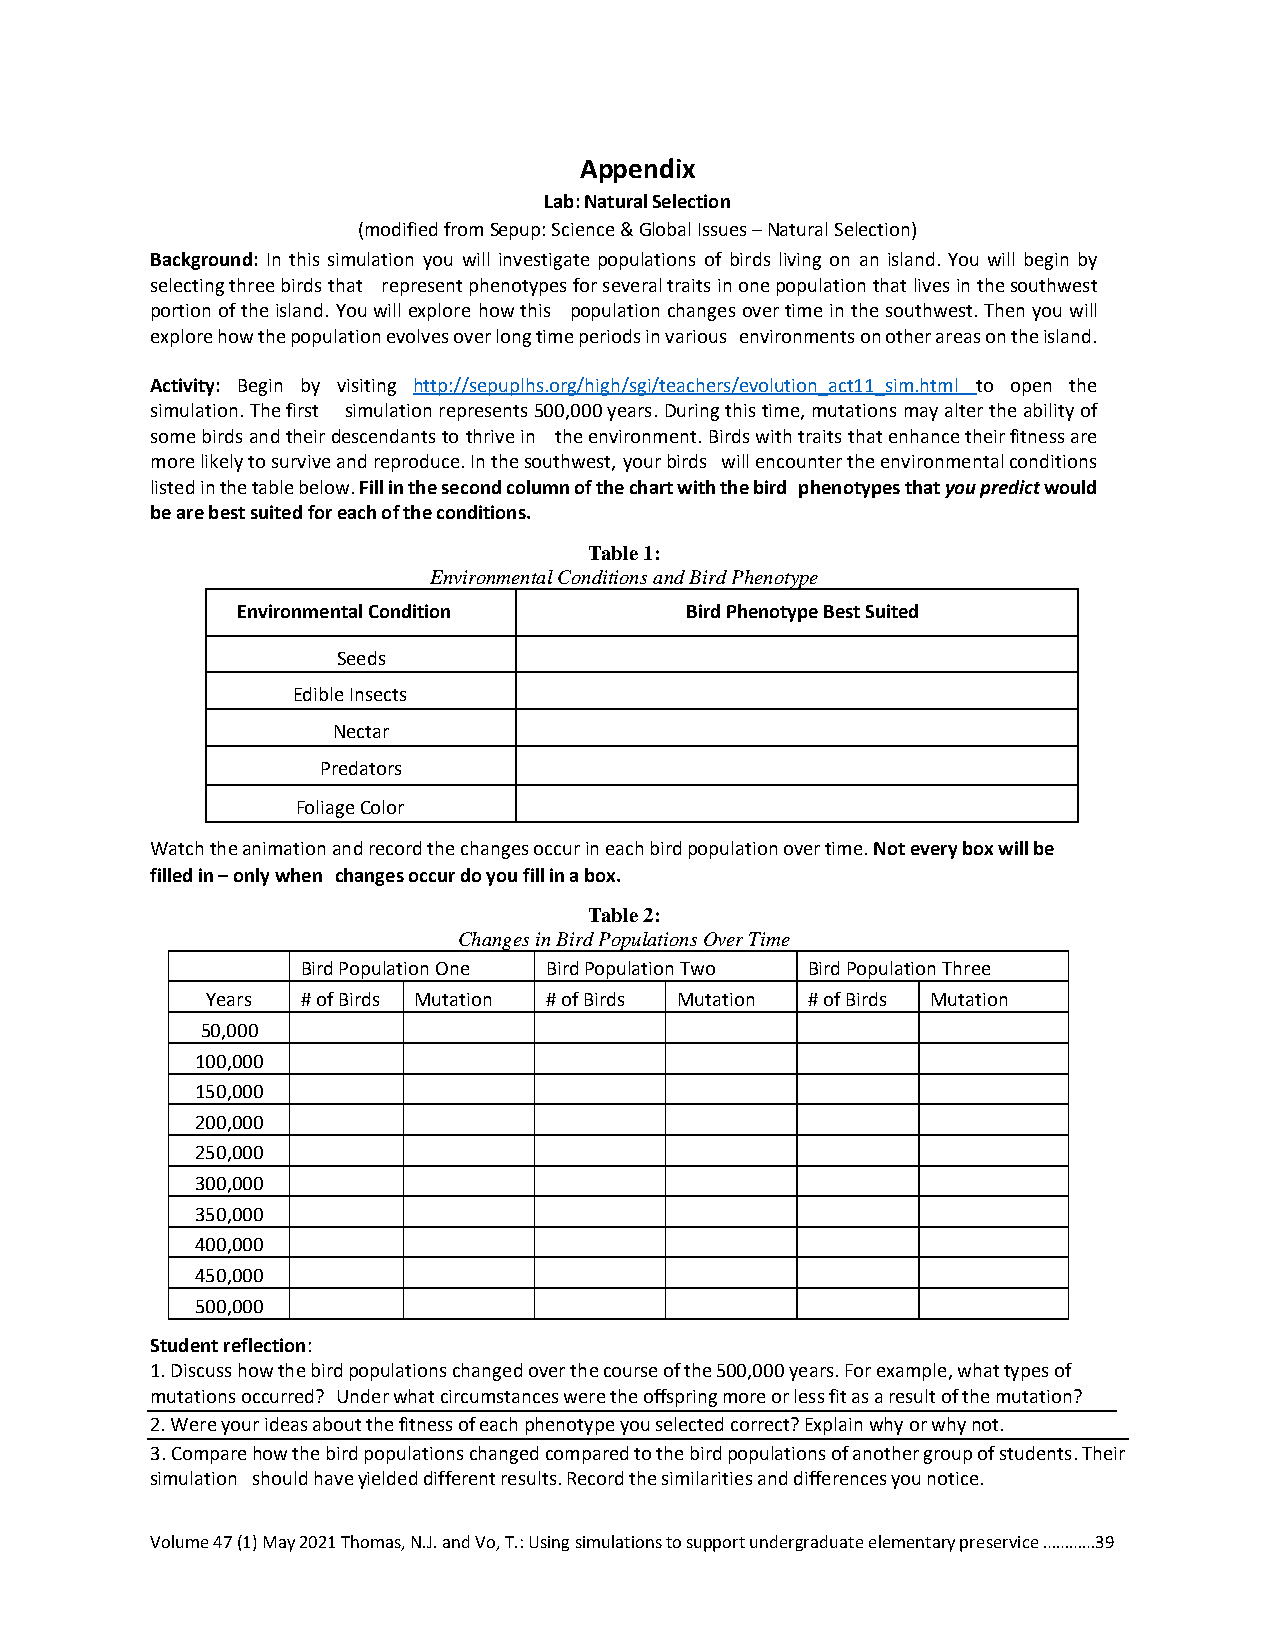
Appendix
 Lab: Natural Selection
 (modified from Sepup: Science & Global Issues – Natural Selection)
 Background: In this simulation you will investigate populations of birds living on an island. You will begin by
 selecting three birds that represent phenotypes for several traits in one population that lives in the southwest
 portion of the island. You will explore how this population changes over time in the southwest. Then you will
 explore how the population evolves over long time periods in various environments on other areas on the island.
 Activity: Begin by visiting http://sepuplhs.org/high/sgi/teachers/evolution_act11_sim.html to open the
 simulation. The first simulation represents 500,000 years. During this time, mutations may alter the ability of
 some birds and their descendants to thrive in the environment. Birds with traits that enhance their fitness are
 more likely to survive and reproduce. In the southwest, your birds will encounter the environmental conditions
 listed in the table below. Fill in the second column of the chart with the bird phenotypes that you predict would
 be are best suited for each of the conditions.
 Table 1:
 Environmental Conditions and Bird Phenotype
 Environmental Condition      Bird Phenotype Best Suited
 Seeds
 Edible Insects
 Nectar
 Predators
 Foliage Color
 Watch the animation and record the changes occur in each bird population over time. Not every box will be
 filled in – only when changes occur do you fill in a box.
 Table 2:
 Changes in Bird Populations Over Time
 Bird Population One Bird Population Two Bird Population Three
 Years # of Birds Mutation # of Birds Mutation # of Birds Mutation
 50,000
 100,000
 150,000
 200,000
 250,000
 300,000
 350,000
 400,000
 450,000
 500,000
 Student reflection:
 1. Discuss how the bird populations changed over the course of the 500,000 years. For example, what types of
 mutations occurred? Under what circumstances were the offspring more or less fit as a result of the mutation?
 2. Were your ideas about the fitness of each phenotype you selected correct? Explain why or why not.
 3. Compare how the bird populations changed compared to the bird populations of another group of students. Their
 simulation should have yielded different results. Record the similarities and differences you notice.
 Volume 47 (1) May 2021 Thomas, N.J. and Vo, T.: Using simulations to support undergraduate elementary preservice …………39